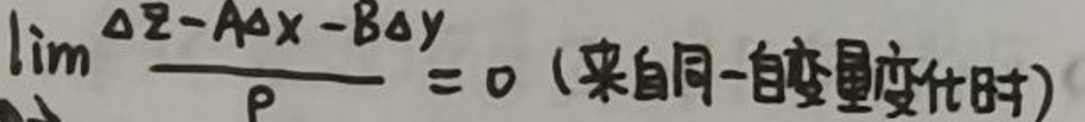
\(\lim\limits_{\rho} \frac{\Delta z - A\Delta x - B\Delta y}{\rho} = 0 (\)来自同一自变量变化时)